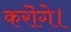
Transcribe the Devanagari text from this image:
करॊगे।